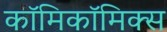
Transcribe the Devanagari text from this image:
काॅमिकॉमिक्स